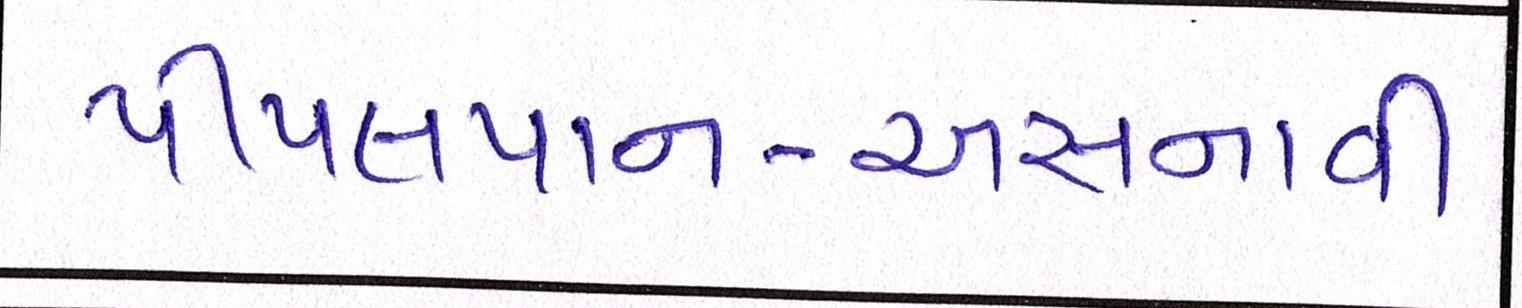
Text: પીપલપાન-અસનાવી